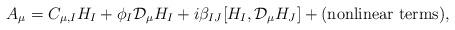
LaTeX: \begin{align*}A_\mu=C_{\mu,I} H_I+\phi_I{\mathcal D}_\mu H_I+i\beta_{IJ}[H_I,{\mathcal D}_\mu H_J]+\mbox{(nonlinear terms)},\end{align*}